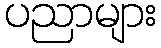
ပညာများ